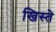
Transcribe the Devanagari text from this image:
खिस्ते